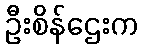
ဦးစိန်ဌေးက